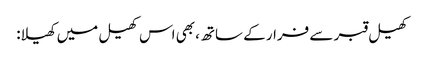
کھیل قبر سے فرار کے ساتھ، بھی اس کھیل میں کھیلا: